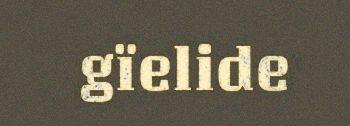
gïelide